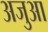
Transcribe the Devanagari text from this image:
अजुआ